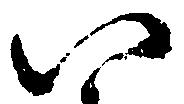
八